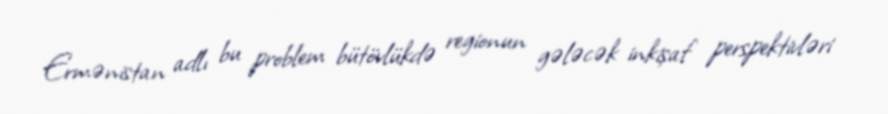
Ermənistan adlı bu problem bütövlükdə regionun gələcək inkişaf perspektivləri